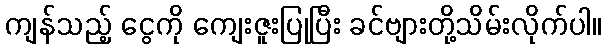
ကျန်သည့် ငွေကို ကျေးဇူးပြုပြီး ခင်ဗျားတို့သိမ်းလိုက်ပါ။